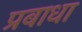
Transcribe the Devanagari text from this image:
प्रबाधा